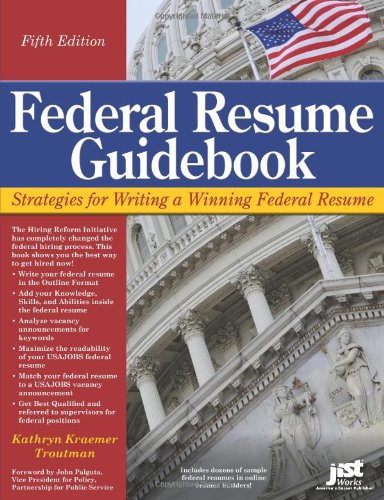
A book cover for Federal Resume Guidebook: Strategies for Writing a Winning Federal Resume (Federal Resume Guidebook: Write a Winning Federal Resume to Get in), 5th Edition; Kathryn Kraemer Troutman; Business & Money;